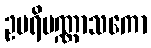
ဥပရိပဏ္ဏာသကော